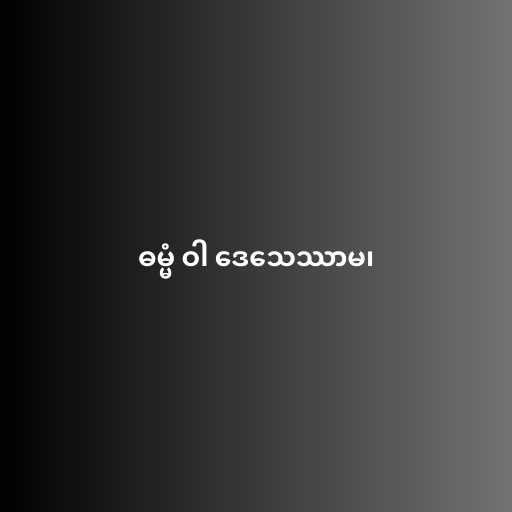
ဓမ္မံ ဝါ ဒေသေဿာမ၊